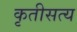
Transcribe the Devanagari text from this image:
कृतीसत्य